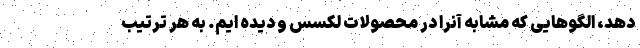
دهد، الگوهایی که مشابه آنرا در محصولات لکسس و دیده ایم. به هر ترتیب